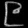
Digit: ၉